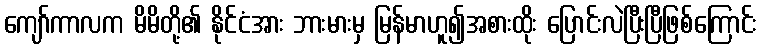
ကျော်ကာလက မိမိတို့၏ နိုင်ငံအား ဘားမားမှ မြန်မာဟူ၍အစားထိုး ပြောင်းလဲပြီးပြီဖြစ်ကြောင်း